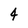
Character: 4